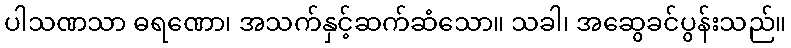
ပါသဏသာ ဓရဏော၊ အသက်နှင့်ဆက်ဆံသော။ သခါ၊ အဆွေခင်ပွန်းသည်။